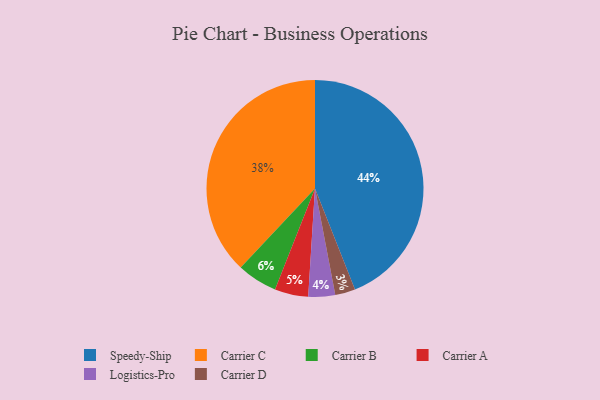
{"axis": {"x": "Category", "y": "Percentage"}, "legend": ["Carrier A", "Carrier B", "Carrier C", "Carrier D", "Logistics-Pro", "Speedy-Ship"], "data": [{"x": "Speedy-Ship", "y": 44, "type": "Speedy-Ship"}, {"x": "Carrier A", "y": 5, "type": "Carrier A"}, {"x": "Carrier B", "y": 6, "type": "Carrier B"}, {"x": "Carrier D", "y": 3, "type": "Carrier D"}, {"x": "Carrier C", "y": 38, "type": "Carrier C"}, {"x": "Logistics-Pro", "y": 4, "type": "Logistics-Pro"}]}